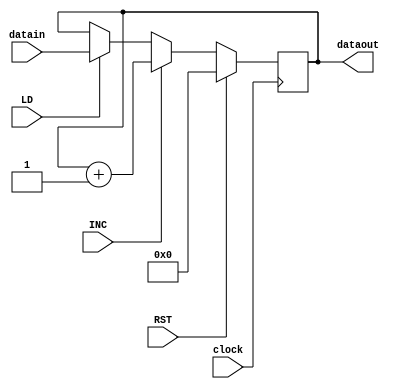
module reg_2 (//DAR,PC
input clock,
input LD,
input INC,
input RST,
input [7:0] datain,
output reg [7:0] dataout
);

always @(negedge clock) 
begin
    if (LD==1)
        dataout<= datain;
    if (INC==1)
        dataout<= dataout + 8'd1; 
    if (RST==1)
        dataout<=8'd0;  
end
endmodule